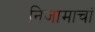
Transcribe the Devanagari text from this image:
निजामाचां